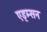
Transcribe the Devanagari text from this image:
एड्म्सन